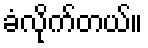
ခံလိုက်တယ်။